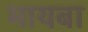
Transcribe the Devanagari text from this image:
मायबा